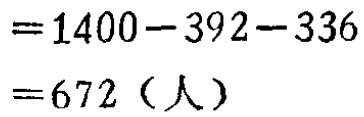
\[

\begin{align*}

&=1400 - 392 - 336\\

&=672 \text{（人）}

\end{align*}

\]